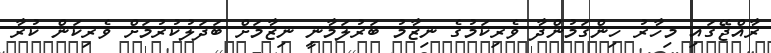
ރާއްޖޭގައި މިހާރު ހިންގަމުންދާ ވެރިކަމުގެ ނިޒާމު ބަރުލަމާނީ ނިޒާމަށް ބަދަލުކުރުމަށް ވެރިކަން ކުރާ